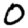
Digit: 0